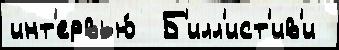
инт'ервью́  Б'илл'ист'ив'и